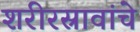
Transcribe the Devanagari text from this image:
शरीरस्रावांचे